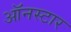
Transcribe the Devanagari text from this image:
ऑनस्टार